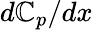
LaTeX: d\mathbb{C}_{p}/dx